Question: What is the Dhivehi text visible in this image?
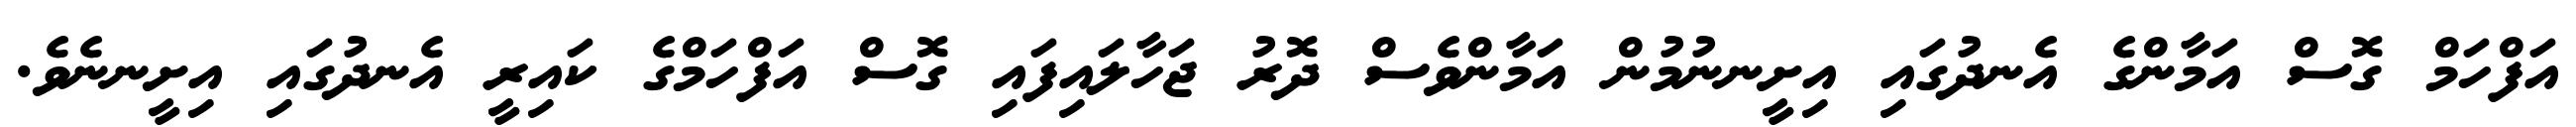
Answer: އަފްހަމް ގޮސް އަމާންގެ އެނދުގައި އިށީނނުމުން އަމާންވެސް ދޮރު ޖަހާލައިފައި ގޮސް އަފްހަމްގެ ކައިރީ އެނދުގައި އިށީނނެވެ.